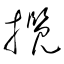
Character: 攬